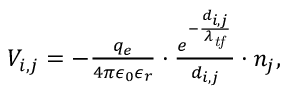
\begin{array} { r } { V _ { i , j } = - \frac { q _ { e } } { 4 \pi \epsilon _ { 0 } \epsilon _ { r } } \cdot \frac { e ^ { - \frac { { d _ { i , j } } } { \lambda _ { \mathit { t f } } } } } { d _ { i , j } } \cdot n _ { j } , } \end{array}